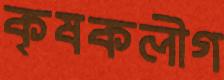
কৃষকলীগ